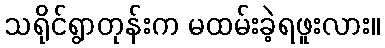
သရိုင်ရွာတုန်းက မထမ်းခဲ့ရဖူးလား။